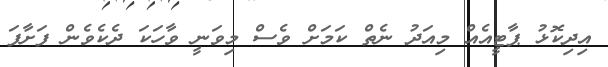
އިދިކޮޅު ޕާޓީއެއް މިއަދު ނެތް ކަމަށް ވެސް މިވަނީ ވާހަކަ ދެކެވެން ފަށާފަ